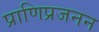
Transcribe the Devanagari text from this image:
प्राणिप्रजनन